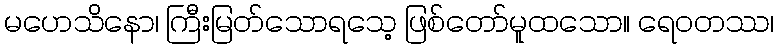
မဟေသိနော၊ ကြီးမြတ်သောရသေ့ ဖြစ်တော်မူထသော။ ရေဝတဿ၊